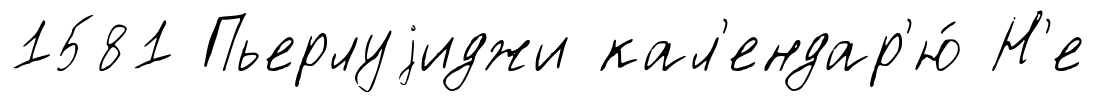
1581 Пьерлуjиджи кал'ендар'ю́ Н'е